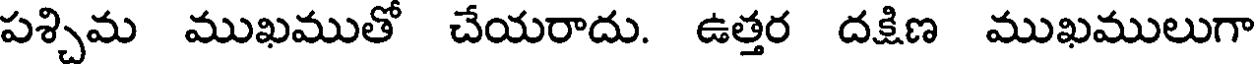
పశ్చిమ ముఖముతో చేయరాదు. ఉత్తర దక్షిణ ముఖములుగా